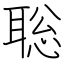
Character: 聡